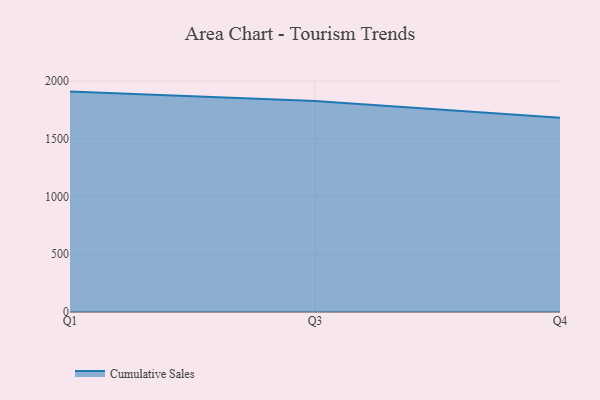
{"axis": {"x": "Quarter", "y": "Operating Costs (USD K)"}, "legend": ["Cumulative Sales"], "data": [{"x": "Q1", "y": 1909.2, "type": "Cumulative Sales"}, {"x": "Q3", "y": 1828.1, "type": "Cumulative Sales"}, {"x": "Q4", "y": 1683.7, "type": "Cumulative Sales"}]}